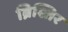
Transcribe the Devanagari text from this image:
ब्रिश्तिर